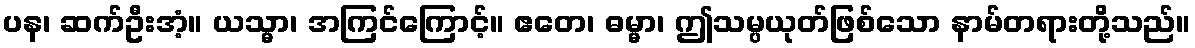
ပန၊ ဆက်ဦးအံ့။ ယသ္မာ၊ အကြင်ကြောင့်။ ဧတေ၊ ဓမ္မာ၊ ဤသမ္ပယုတ်ဖြစ်သော နာမ်တရားတို့သည်။